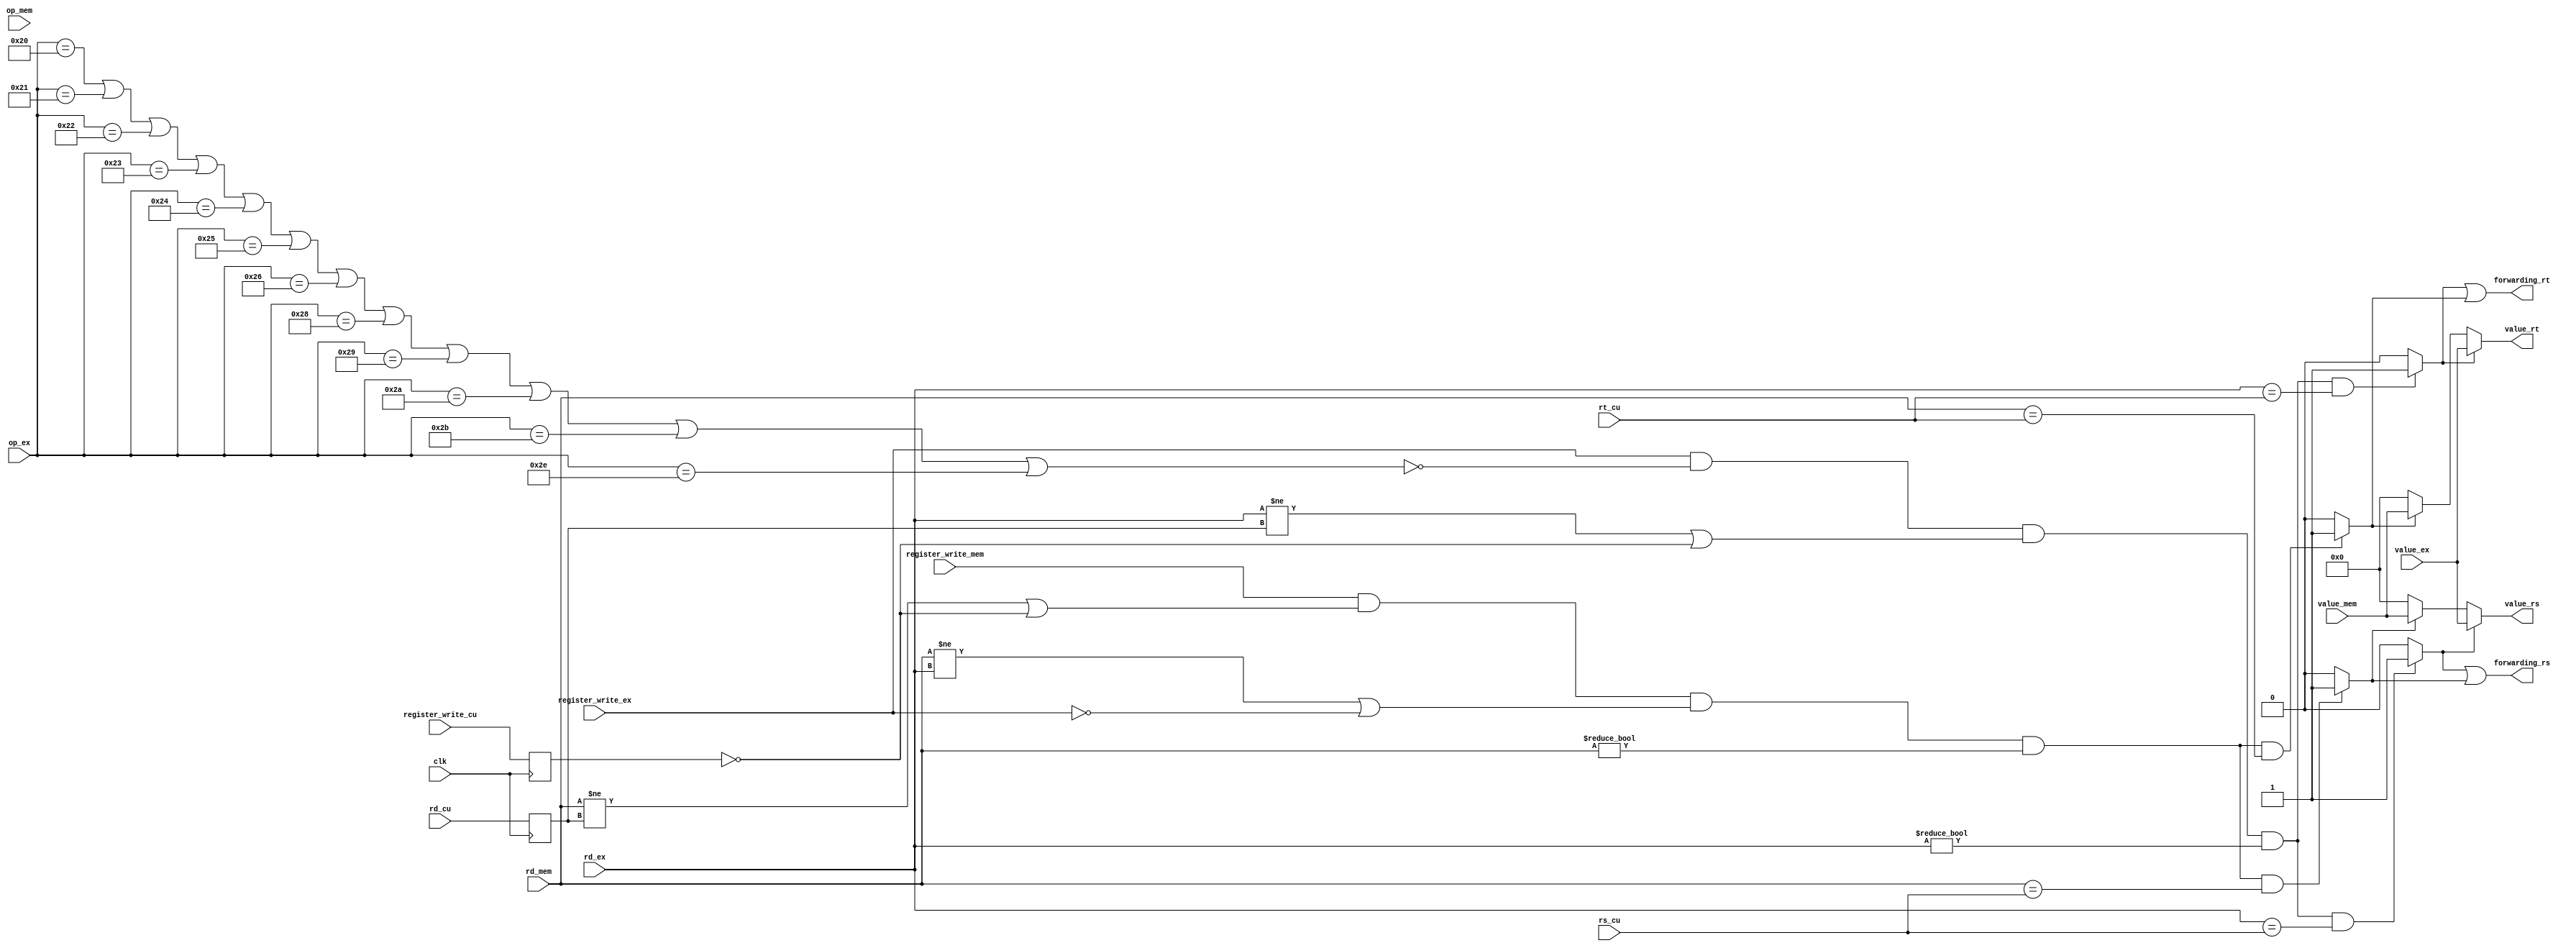
`timescale 1ns / 1ps
//////////////////////////////////////////////////////////////////////////////////
// Company: 
// Engineer: 
// 
// Design Name: 
// Module Name: Forwarding_Unit
// Project Name: 
// Target Devices: 
// Tool Versions: 
// Description: 
// 
// Dependencies: 
// 
// Revision:
// Revision 0.01 - File Created
// Additional Comments:
// 
//////////////////////////////////////////////////////////////////////////////////


module Forwarding_Unit(
    input clk,
    input [4:0] rs_cu,
    input [4:0] rt_cu,
    input [4:0] rd_cu,
    input register_write_cu,
    input [5:0] op_ex,
    input [4:0] rd_ex,
    input [31:0] value_ex,
    input register_write_ex,
    input [5:0] op_mem,
    input [4:0] rd_mem,
    input [31:0] value_mem,
    input register_write_mem,
    output forwarding_rs,
    output forwarding_rt,
    output [31:0] value_rs,
    output [31:0] value_rt
);

reg [4:0] rd_rd;
reg register_write_rd;


initial begin
    rd_rd = 0;
    register_write_rd = 0;
end

wire write_after_mem;
assign write_after_mem = op_ex == 32 || op_ex == 33 || op_ex == 34 || op_ex == 35 ||
                         op_ex == 36 || op_ex == 37 || op_ex == 38 || op_ex == 40 || 
                         op_ex == 41 || op_ex == 42 || op_ex == 43 || op_ex == 46;

wire forward_ex;
assign forward_ex = register_write_ex == 1 && !write_after_mem && (rd_ex != rd_rd || register_write_rd == 0) && rd_ex != 0;

wire forward_mem;
assign forward_mem = register_write_mem == 1 && (rd_mem != rd_rd || register_write_rd == 0) && (rd_mem != rd_ex || register_write_ex == 0) && rd_mem != 0;


wire forwarding_rs_ex;
assign forwarding_rs_ex = forward_ex == 1 && rd_ex == rs_cu ? 1 : 0;
wire forwarding_rt_ex;
assign forwarding_rt_ex = forward_ex == 1 && rd_ex == rt_cu ? 1 : 0;

wire forwarding_rs_mem;
assign forwarding_rs_mem = forward_mem == 1 && rd_mem == rs_cu ? 1 : 0;
wire forwarding_rt_mem;
assign forwarding_rt_mem = forward_mem == 1 && rd_mem == rt_cu ? 1 : 0;

assign forwarding_rs = forwarding_rs_ex || forwarding_rs_mem;
assign forwarding_rt = forwarding_rt_ex || forwarding_rt_mem;

assign value_rs = forwarding_rs_ex ? value_ex : (forwarding_rs_mem ? value_mem : 0);
assign value_rt = forwarding_rt_ex ? value_ex : (forwarding_rt_mem ? value_mem : 0);

always @ (posedge clk) begin
    rd_rd <= rd_cu;
    register_write_rd <= register_write_cu;
end

/*
assign forwarding_rs = 0;
assign forwarding_rt = 0;

assign value_rs = 0;
assign value_rt = 0;
*/
/*
always @ (negedge clk) begin
    rd_rd <= rd_cu;
    register_write_rd <= register_write_cu;
    if(forward_ex) begin
        if(rd_ex == rs_cu) begin
            forwarding_rs <= 1;
            value_rs <= value_ex;
        end else begin
            forwarding_rs <= 0;
        end
        if(rd_ex == rt_cu) begin
            forwarding_rt <= 1;
            value_rt <= value_ex;
        end else begin
            forwarding_rt <= 0;
        end
    end else if (forward_mem) begin
        if(rd_mem == rs_cu) begin
            forwarding_rs <= 1;
            value_rs <= value_mem;
        end else begin
            forwarding_rs <= 0;
        end
        if(rd_mem == rt_cu) begin
            forwarding_rt <= 1;
            value_rt <= value_mem;
        end else begin
            forwarding_rt <= 0;
        end
    end else begin
        forwarding_rt <= 0;
        forwarding_rs <= 0;
    end
    
end
*/

endmodule